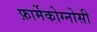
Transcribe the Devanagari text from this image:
फ़ार्मेकोग्नोसी